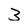
Character: 3